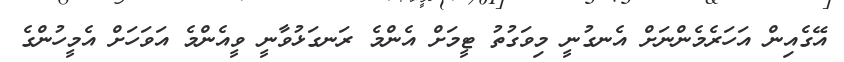
އޭގެއިން އަހަރެމެންނަށް އެނގުނީ މިވަގުތު ޓީމަށް އެންމެ ރަނގަޅުވާނީ ވީއެންމެ އަވަހަށް އެމީހުންގެ